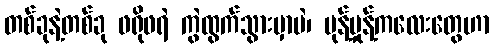
တစ်ခုနဲ့တစ်ခု ဖရိုဖရဲ ကွဲထွက်သွားမှာပဲ၊ မုန့်မှုန့်ကလေးတွေဟာ